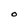
Character: O